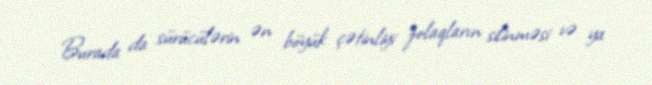
Burada da sürücülərin ən böyük çətinliyi zolaqların silinməsi və ya